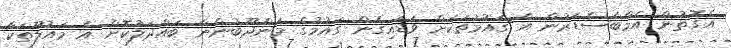
އެގޮތުން އެމްބެސެޑަރުން އެ ގައުމުތަކަށް ވަޑައިގެން ގައުމުގެ މަންދޫބުންނާ ބައްދަލުކޮށް އެ މައުލޫތަކާ